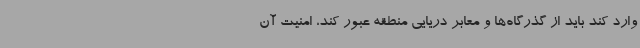
وارد کند باید از گذرگاه‌ها و معابر دریایی منطقه عبور کند، امنیت آن